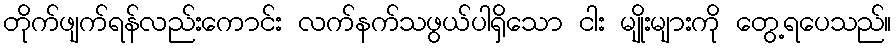
တိုက်ဖျက်ရန်လည်းကောင်း လက်နက်သဖွယ်ပါရှိသော ငါး မျိုးများကို တွေ့ရပေသည်။